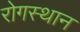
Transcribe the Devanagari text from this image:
रोगस्थान